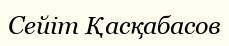
Сейіт Қасқабасов